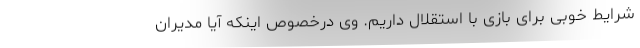
شرایط خوبی برای بازی با استقلال داریم. وی درخصوص اینکه آیا مدیران